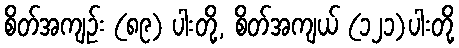
စိတ်အကျဉ်း (၈၉) ပါးတို့, စိတ်အကျယ် (၁၂၁)ပါးတို့